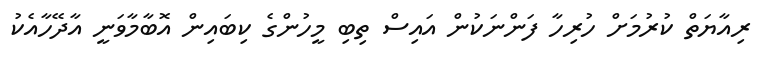
ރިއާޔަތް ކުރުމަށް ހުރިހާ ފަންނަކުން އައިސް ތިބި މީހުންގެ ކިބައިން އޮބާމާވަނީ އާދޭހާއެކު